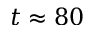
t \approx 8 0